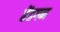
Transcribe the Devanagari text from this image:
हेंडगन